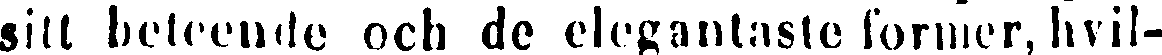
sitt beteende och de elegantaste former, hvil-